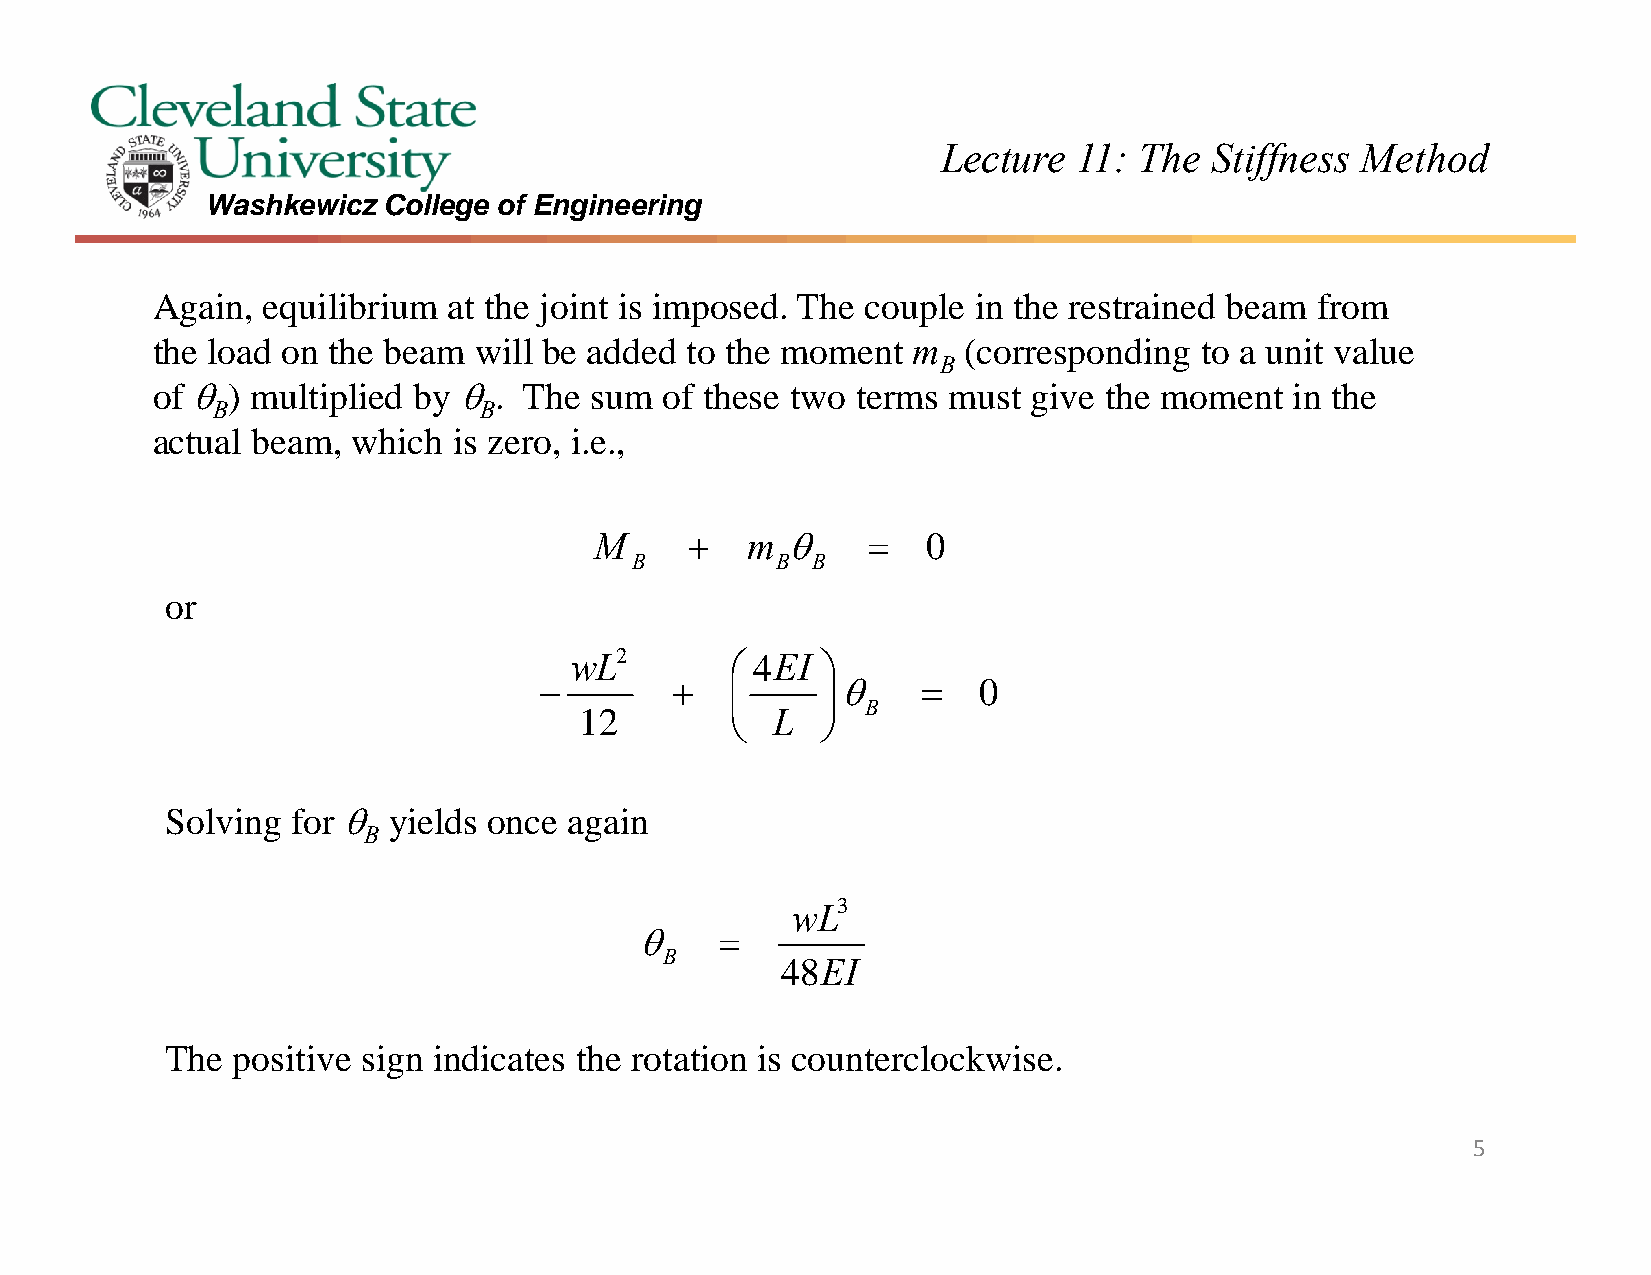
Lecture  11: The  Stiffness Method
 Washkewicz College of Engineering
 Again, equilibrium  at the joint is imposed. The couple in the restrained beam from
 the load on the beam will be added to the moment  m   (corresponding to a unit value
 B
 of )  multiplied by .  The sum  of these two terms must give the moment   in the
 B                 B
 actual beam, which  is zero, i.e.,
 M        m         0
 B        B  B
 or
 wL2        4EI 
                        0
 B
 12          L  
 Solving for   yields once again
 B
 wL3
      
 B
 48EI
 The positive sign indicates the rotation is counterclockwise.
 5